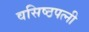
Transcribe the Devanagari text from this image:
वसिष्ठपत्नी